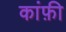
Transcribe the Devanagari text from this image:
कांफ़ी